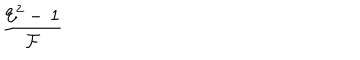
LaTeX: \frac { { \mathcal { E } } ^ { 2 } - \, 1 } { \mathcal { F } }